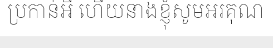
ប្រកាន់អី ហើយនាងខ្ញុំសូមអរគុណ